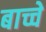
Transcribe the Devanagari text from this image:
बाच्चे